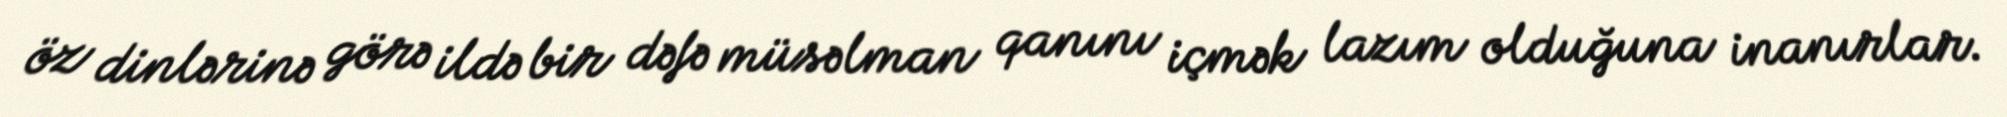
öz dinlərinə görə ildə bir dəfə müsəlman qanını içmək lazım olduğuna inanırlar.